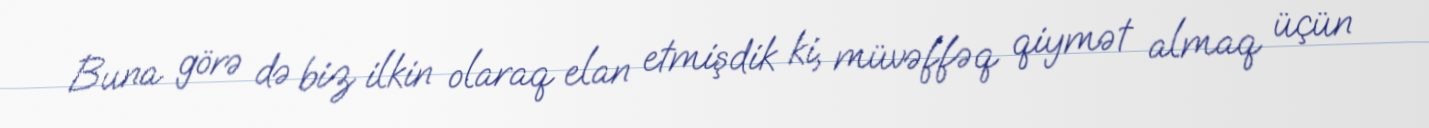
Buna görə də biz ilkin olaraq elan etmişdik ki, müvəffəq qiymət almaq üçün